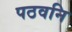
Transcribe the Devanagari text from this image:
पठवनि